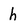
Character: h